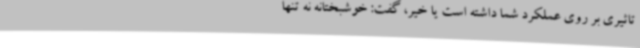
تاثیری بر روی عملکرد شما داشته است یا خیر، گفت: خوشبختانه نه تنها